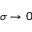
\sigma \to 0